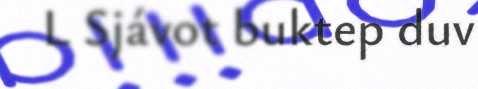
L Sjávot buktep duv